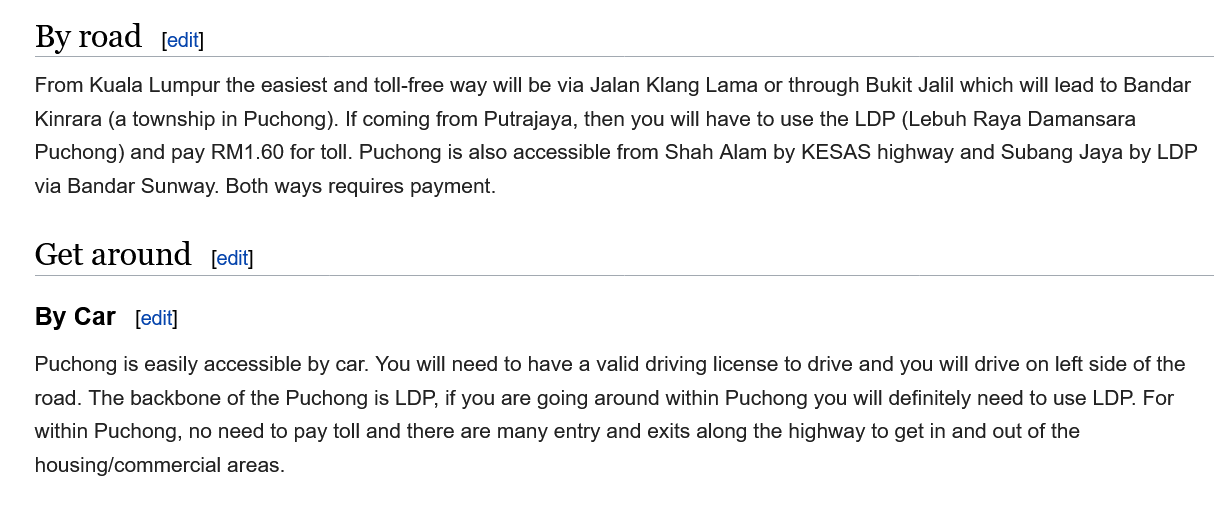
By  road
    From Kuala Lumpur the easiest and toll-free way will be via Jalan Klang Lama or through Bukit Jalil which will lead to Bandar
    Kinrara (a township in Puchong). If coming from Putrajaya, then you will have to use the LDP (Lebuh Raya Damansara
    Puchong) and pay RM1.60 for toll. Puchong is also accessible from Shah Alam by KESAS highway and Subang Jaya by LDF
    via Bandar Sunway. Both ways requires payment.
    By Car
    Puchong is easily accessible by car. You will need to have a valid driving license to drive and you will drive on left side of the
    toad. The backbone of the Puchong is LDP, if you are going around within Puchong you will definitely need to use LDP. For
    within Puchong, no need to pay toll and there are many entry and exits along the highway to get in and out of the
    housing/commercial areas.
     [edit]
     [edit]
     [edit]